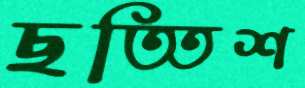
ছত্তিশ